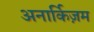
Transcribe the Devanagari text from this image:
अनार्किज़म